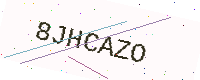
Text: 8JHCAZO